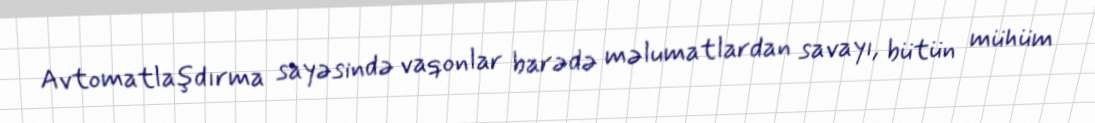
Avtomatlaşdırma sayəsində vaqonlar barədə məlumatlardan savayı, bütün mühüm